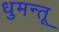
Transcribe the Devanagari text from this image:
धुमन्तू